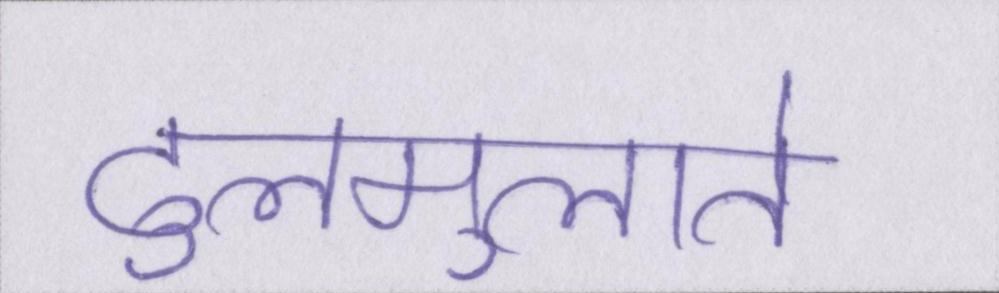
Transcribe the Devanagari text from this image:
ढुलमुलाते